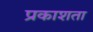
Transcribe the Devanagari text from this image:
प्रकाशता